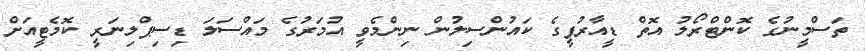
ތަސްމީނުގެ ކޮންޓްރޯލު އޮތް ޑީއާރުޕީގެ ކައުންސިލުން ނިންމެވީ އުމަރުގެ މައްސަލަ ޑިސިޕްލިނަރީ ކޮމެޓީއަށް